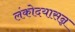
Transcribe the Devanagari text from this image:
लंकोदयासन्न